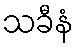
သခီနံ